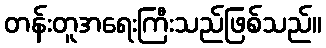
တန်းတူအရေးကြီးသည်ဖြစ်သည်။